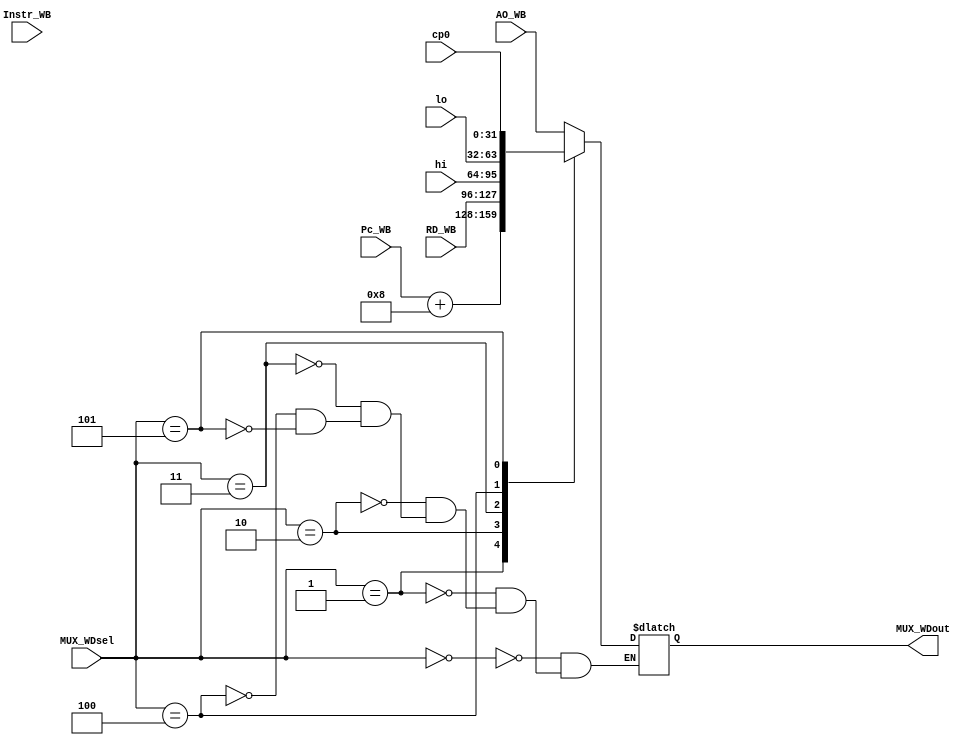
`timescale 1ns / 1ps
//////////////////////////////////////////////////////////////////////////////////
// Company: 
// Engineer: 
// 
// Design Name: 
// Module Name:    MUX_WD 
// Project Name: 
// Target Devices: 
// Tool versions: 
// Description: 
//
// Dependencies: 
//
// Revision: 
// Revision 0.01 - File Created
// Additional Comments: 
//
//////////////////////////////////////////////////////////////////////////////////
module MUX_WD(
    input [31:0] AO_WB,
    input [31:0] RD_WB,
    input [31:0] Instr_WB,
    input [31:0] Pc_WB,
	 input [31:0] hi,
	 input [31:0] lo,
	 input [31:0] cp0,
    input [2:0] MUX_WDsel,
    output reg [31:0] MUX_WDout
    );
	wire [15:0]imi;
	assign imi=Instr_WB[15:0];
	
	always @(*)begin
		case(MUX_WDsel)
			3'b000: MUX_WDout<=AO_WB;
			3'b001: MUX_WDout<=Pc_WB+8;
			3'b010: MUX_WDout<=RD_WB;
			3'b011: MUX_WDout<=hi;
			3'b100: MUX_WDout<=lo;
			3'b101: MUX_WDout<=cp0;
		endcase
	end

endmodule